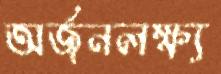
অর্জনলক্ষ্য